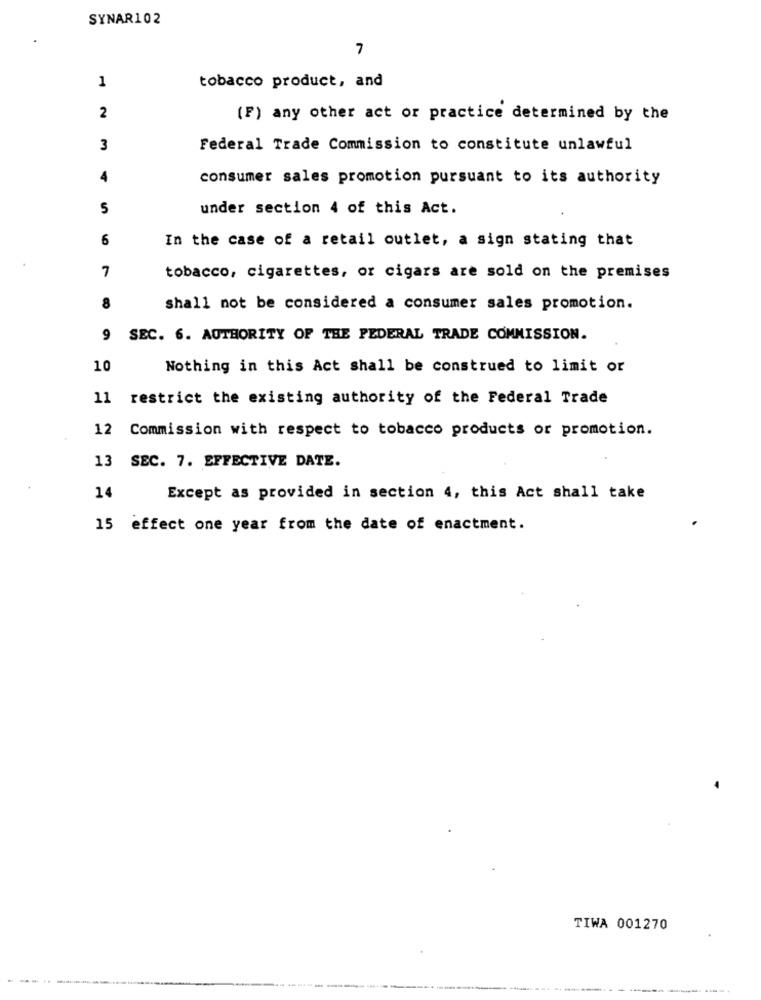
SYNAR102
7
1
tobacco product, and
2
(F) any other act or practice determined by the
3
Federal Trade Commission to constitute unlawful
4
consumer sales promotion pursuant to its authority
S
under section 4 of this Act.
6
In the case of a retail outlet, a sign stating that
7
tobacco, cigarettes, or cigars are sold on the premises
8
shall not be considered a consumer sales promotion.
9 SEC. 6. AUTHORITY OF THE FEDERAL TRADE COMMISSION.
10
Nothing in this Act shall be construed to limit or
11 restrict the existing authority of the Federal Trade
12 Commission with respect to tobacco products or promotion.
13 SEC. 7. EFFECTIVE DATE.
14
Except as provided in section 4, this Act shall take
15 effect one year from the date of enactment.
TIWA 001270